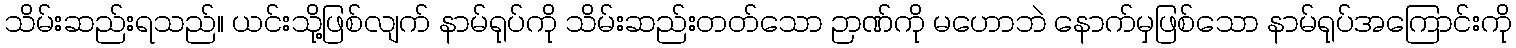
သိမ်းဆည်းရသည်။ ယင်းသို့ဖြစ်လျက် နာမ်ရုပ်ကို သိမ်းဆည်းတတ်သော ဉာဏ်ကို မဟောဘဲ နောက်မှဖြစ်သော နာမ်ရုပ်အကြောင်းကို